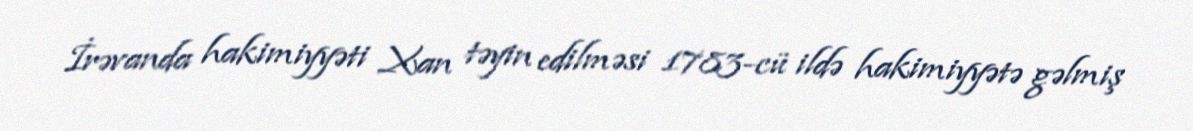
İrəvanda hakimiyyəti Xan təyin edilməsi 1783-cü ildə hakimiyyətə gəlmiş